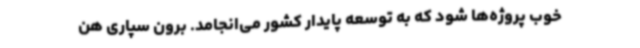
خوب پروژه‌ها شود که به توسعه پایدار کشور می‌انجامد. برون سپاری هن